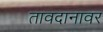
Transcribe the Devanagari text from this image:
तावदानावर